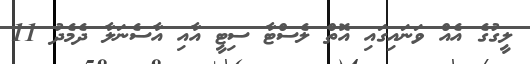
ލީގުގެ އެއް ވަނައިގައި އޮތް ލެސްޓާ ސިޓީ އާއި އާސެނަލާ ދެމެދު 11